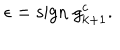
LaTeX: \epsilon = \mathrm { s i g n ~ } g _ { k + 1 } ^ { c } .